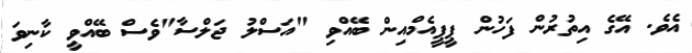
އެވެ. އޭގެ އިތުރުން ފަހުން ޕީޕީއެމްއިން ބޭއްވި "އަސްލު ޖަލްސާ"ވެސް ބޭއްވީ ކާނިވަ